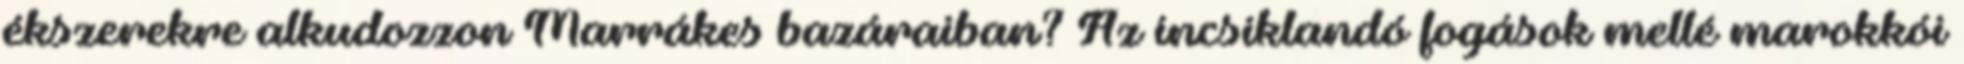
ékszerekre alkudozzon Marrákes bazáraiban? Az íncsiklandó fogások mellé marokkói